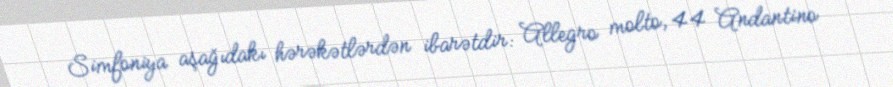
Simfoniya aşağıdakı hərəkətlərdən ibarətdir: Allegro molto, 44 Andantino